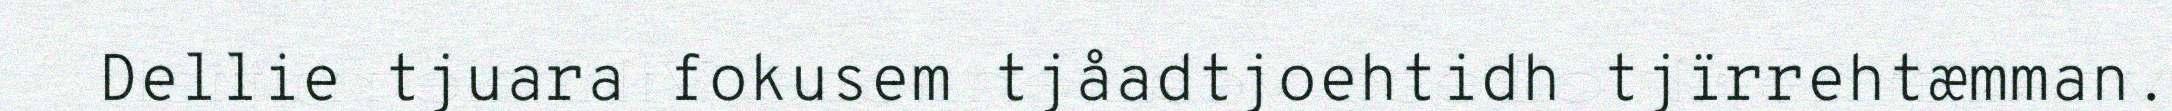
Dellie tjuara fokusem tjåadtjoehtidh tjïrrehtæmman.